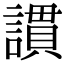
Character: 謴